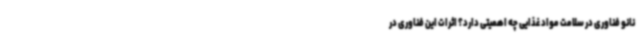
نانو فناوری در سلامت مواد غذایی چه اهمیتی دارد؟ اثرات این فناوری در